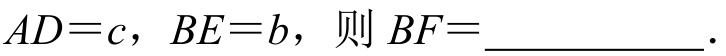
\(AD = c\)，\(BE = b\)，则\(BF=\underline{\qquad}\)．